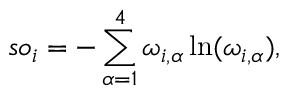
s o _ { i } = - \sum _ { \alpha = 1 } ^ { 4 } \omega _ { i , \alpha } \ln ( \omega _ { i , \alpha } ) ,